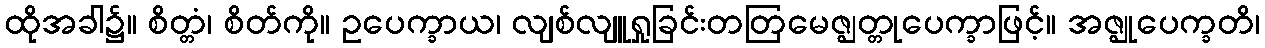
ထိုအခါ၌။ စိတ္တံ၊ စိတ်ကို။ ဥပေက္ခာယ၊ လျစ်လျူရှုခြင်းတတြမေဇ္ဈတ္တုပေက္ခာဖြင့်။ အဇ္ဈုပေက္ခတိ၊